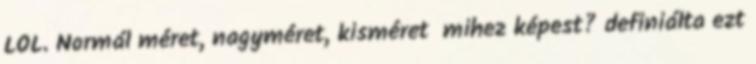
LOL. Normál méret, nagyméret, kisméret mihez képest? definiálta ezt